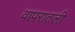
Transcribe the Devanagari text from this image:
वापरातली